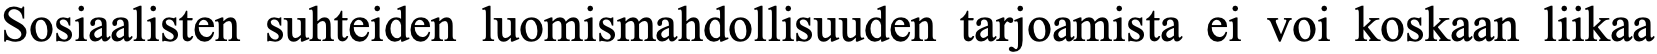
Sosiaalisten suhteiden luomismahdollisuuden tarjoamista ei voi koskaan liikaa